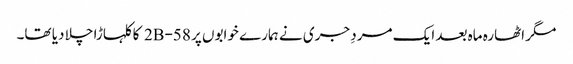
مگر اٹھارہ ماہ بعد ایک مردِ جری نے ہمارے خوابوں پر 58-2B کا کلہاڑا چلا دیا تھا۔